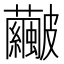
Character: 𥀹